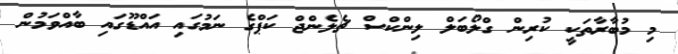
މި މުބާރާތަކީ ކުރިން ގްލޯބަލް ލިންކްސް ޗެލެންޖް ކަޕްގެ ނަމުގައި އައްޑޫގައި ބާއްވަމުން